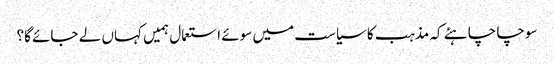
سوچا چاہئے کہ مذہب کا سیاست میں سوئے استعمال ہمیں کہاں لے جائے گا؟